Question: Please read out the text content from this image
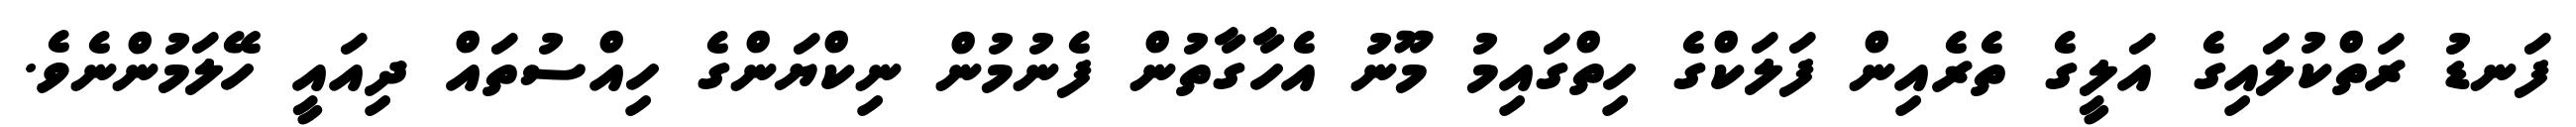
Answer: ފަނޑު ރަތްކުލައިގެ އަލީގެ ތެރެއިން ފަލަކްގެ ހިތްގައިމު މޫނު އެހާގާތުން ފެނުމުން ނިކްޔަންގެ ހިއްސުތައް ދިއައީ ހޭލަމުންނެވެ.